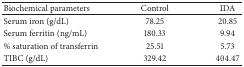
<table><thead><tr><td><b>Biochemical parameters</b></td><td><b>Control</b></td><td><b>IDA</b></td></tr></thead><tbody><tr><td>Serum iron (g/dL)</td><td>78.25</td><td>20.85</td></tr><tr><td>Serum ferritin (ng/mL)</td><td>180.33</td><td>9.94</td></tr><tr><td>% saturation of transferrin</td><td>25.51</td><td>5.73</td></tr><tr><td>TIBC (g/dL)</td><td>329.42</td><td>404.47</td></tr></tbody></table>